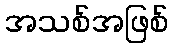
အသစ်အဖြစ်